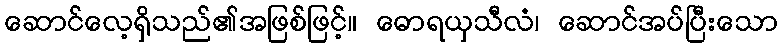
ဆောင်လေ့ရှိသည်၏အဖြစ်ဖြင့်။ ဓောရယှသီလံ၊ ဆောင်အပ်ပြီးသော